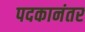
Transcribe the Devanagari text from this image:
पदकानंतर